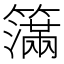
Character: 𥵥